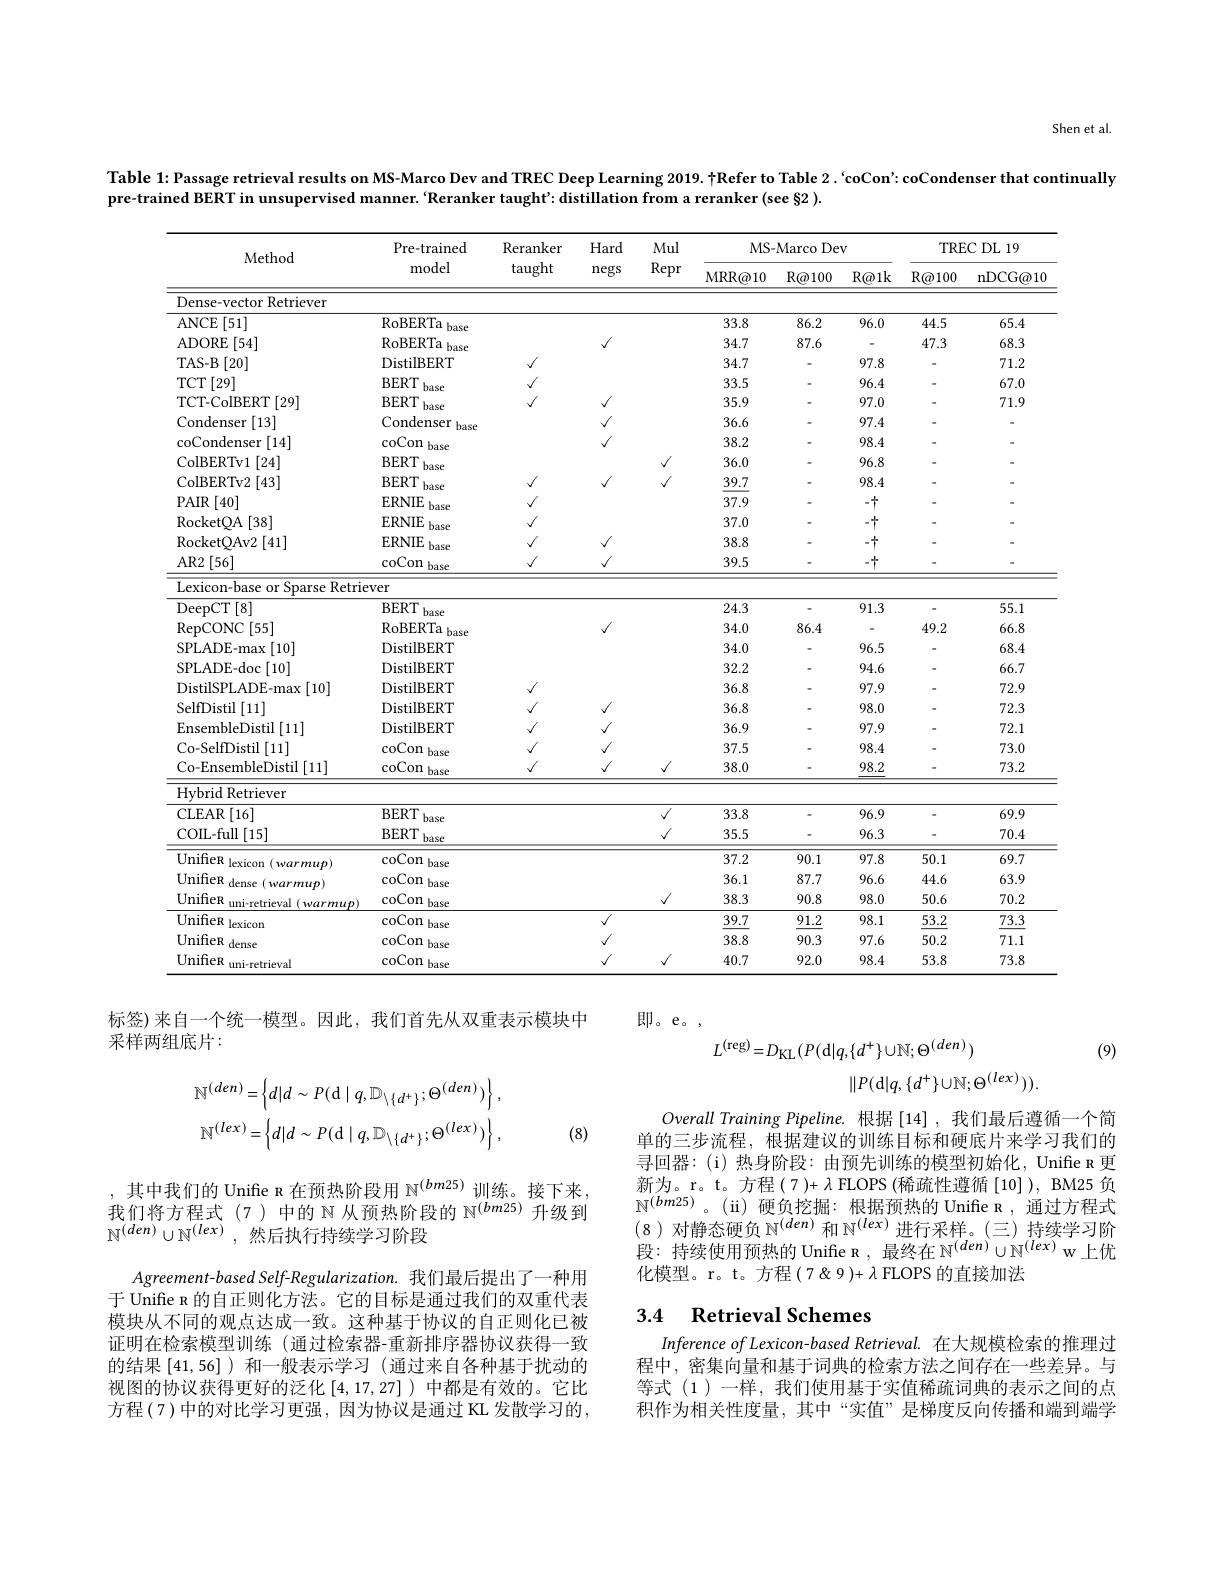
Shen et al.

Table 1:Passage retrieval results on MS-Marco Dev and TREC Deep Learning 2019. TRefer to Table 2. ‘coCon': coCondenser that continually

pre-trained BERT in unsupervised manner.‘Reranker taught' distillation from a reranker(see S2).

<table>
	<tbody>
		<tr>
			<th rowspan="2">Method</th>
			<th rowspan="2">Pre-trained model</th>
			<th rowspan="2">Reranker taught</th>
			<th rowspan="2">Hard negs</th>
			<th rowspan="2">Mul Repr</th>
			<th colspan="3">MS- MarcoDev</th>
			<th colspan="2">TRECDL19</th>
		</tr>
		<tr>
			<th>MRR@ 10</th>
			<th>$R@100$</th>
			<th>$R@1k$</th>
			<th>$R@100$</th>
			<th>nDCG@ 10</th>
		</tr>
		<tr>
			<td>Dense-vector Retriever</td>
			<td> </td>
			<td> </td>
			<td> </td>
			<td> </td>
			<td> </td>
			<td> </td>
			<td> </td>
			<td> </td>
			<td> </td>
		</tr>
		<tr>
			<td>ANCE :[51]</td>
			<td>RoBERTa base</td>
			<td> </td>
			<td> </td>
			<td> </td>
			<td>33.8</td>
			<td>86.2</td>
			<td>96.0</td>
			<td>44.5</td>
			<td>65.4</td>
		</tr>
		<tr>
			<td>ADORE [54]</td>
			<td>RoBERTa $bas\epsilon$</td>
			<td> </td>
			<td>$√$</td>
			<td> </td>
			<td>34.7</td>
			<td>87.6</td>
			<td> </td>
			<td>47.3</td>
			<td>68.3</td>
		</tr>
		<tr>
			<td>TAS- B 11 [20]</td>
			<td>DistilBERT</td>
			<td>$\sqrt{1}$</td>
			<td> </td>
			<td> </td>
			<td>34.7</td>
			<td> </td>
			<td>97.8</td>
			<td> </td>
			<td>71.2</td>
		</tr>
		<tr>
			<td>$\operatorname{TCT}\left[29\right]$</td>
			<td>BERT</td>
			<td>$V$</td>
			<td> </td>
			<td> </td>
			<td>33.5</td>
			<td> </td>
			<td>96.4</td>
			<td> </td>
			<td>67.0</td>
		</tr>
		<tr>
			<td>TCT-ColBERT[29]</td>
			<td>BERT base</td>
			<td>$\sqrt{1}$</td>
			<td>$√$</td>
			<td> </td>
			<td>35.9</td>
			<td> </td>
			<td>97.0</td>
			<td> </td>
			<td>71.9</td>
		</tr>
		<tr>
			<td>Condenser [13]</td>
			<td>Condenser $bas\epsilon$</td>
			<td> </td>
			<td>$√$</td>
			<td> </td>
			<td>36.6</td>
			<td> </td>
			<td>97.4</td>
			<td> </td>
			<td> </td>
		</tr>
		<tr>
			<td>coCondenser :[14]</td>
			<td>coCon base</td>
			<td> </td>
			<td>$√$</td>
			<td> </td>
			<td>38.2</td>
			<td> </td>
			<td>98.4</td>
			<td> </td>
			<td> </td>
		</tr>
		<tr>
			<td>ColBERTv1 [24]</td>
			<td>BERT base</td>
			<td> </td>
			<td> </td>
			<td>$\sqrt{1}$</td>
			<td>36.0</td>
			<td> </td>
			<td>96.8</td>
			<td> </td>
			<td> </td>
		</tr>
		<tr>
			<td>ColBERTv2 [43]</td>
			<td>BERT base</td>
			<td>$\sqrt{1}$</td>
			<td>$√$</td>
			<td>$\sqrt{1}$</td>
			<td>39.7</td>
			<td> </td>
			<td>98.4</td>
			<td> </td>
			<td> </td>
		</tr>
		<tr>
			<td>$PAIR$ $\wr[40]$</td>
			<td>ERNIE basc</td>
			<td>$\sqrt{1}$</td>
			<td> </td>
			<td> </td>
			<td>37.9</td>
			<td> </td>
			<td>$-\frac{1}{1}$</td>
			<td> </td>
			<td> </td>
		</tr>
		<tr>
			<td>RocketQA$\left [ 38\right ]$</td>
			<td>ERNIE basc</td>
			<td>$\sqrt{1}$</td>
			<td> </td>
			<td> </td>
			<td>37.0</td>
			<td> </td>
			<td>-十</td>
			<td> </td>
			<td> </td>
		</tr>
		<tr>
			<td>RocketOAv2 :[41]</td>
			<td>ERNIE has</td>
			<td>$V$</td>
			<td>$\sqrt{1}$</td>
			<td> </td>
			<td>38.8</td>
			<td> </td>
			<td>$-\frac{1}{1}$</td>
			<td> </td>
			<td> </td>
		</tr>
		<tr>
			<td>AR2$\left [ 56\right ]$</td>
			<td>coCon base</td>
			<td>$√$</td>
			<td>$√$</td>
			<td> </td>
			<td>39.5</td>
			<td> </td>
			<td>-+</td>
			<td> </td>
			<td> </td>
		</tr>
		<tr>
			<td>Th $a_{\mathrm{r}}$</td>
			<td>Dun VPr</td>
			<td> </td>
			<td> </td>
			<td> </td>
			<td> </td>
			<td> </td>
			<td> </td>
			<td> </td>
			<td> </td>
		</tr>
		<tr>
			<td>Lexicon-base or Sparse Retrie</td>
			<td>ver</td>
			<td> </td>
			<td> </td>
			<td> </td>
			<td> </td>
			<td> </td>
			<td> </td>
			<td> </td>
			<td> </td>
		</tr>
		<tr>
			<td>DeepCT$\left [ 8\right ]$</td>
			<td>$BERT$ base</td>
			<td> </td>
			<td> </td>
			<td> </td>
			<td>24.3</td>
			<td> </td>
			<td>91.3</td>
			<td> </td>
			<td>55.1</td>
		</tr>
		<tr>
			<td>RepCONC :[55]</td>
			<td>RoBERTa base</td>
			<td> </td>
			<td>$√$</td>
			<td> </td>
			<td>34.0</td>
			<td>86.4</td>
			<td> </td>
			<td>49.2</td>
			<td>66.8</td>
		</tr>
		<tr>
			<td>SPLADE-max [10]</td>
			<td>DistilBERT</td>
			<td> </td>
			<td> </td>
			<td> </td>
			<td>34.0</td>
			<td> </td>
			<td>96.5</td>
			<td> </td>
			<td>68.4</td>
		</tr>
		<tr>
			<td>$\operatorname{SPLADE-doc}\left[10\right]$</td>
			<td>DistilBERT</td>
			<td> </td>
			<td> </td>
			<td> </td>
			<td>32.2</td>
			<td> </td>
			<td>94.6</td>
			<td> </td>
			<td>66.7</td>
		</tr>
		<tr>
			<td>DistilSPLADE- max :[10]</td>
			<td>DistilBERT</td>
			<td>$\sqrt{1}$</td>
			<td> </td>
			<td> </td>
			<td>36.8</td>
			<td> </td>
			<td>97.9</td>
			<td> </td>
			<td>72.9</td>
		</tr>
		<tr>
			<td>SelfDistil [11]</td>
			<td>DistilBERT</td>
			<td>$\sqrt{1}$</td>
			<td>$\sqrt{1}$</td>
			<td> </td>
			<td>36.8</td>
			<td> </td>
			<td>98.0</td>
			<td> </td>
			<td>72.3</td>
		</tr>
		<tr>
			<td>EnsembleDistil 1[[11]</td>
			<td>DistilBERT</td>
			<td>$√$</td>
			<td>$√$</td>
			<td> </td>
			<td>36.9</td>
			<td> </td>
			<td>97.9</td>
			<td> </td>
			<td>72.1</td>
		</tr>
		<tr>
			<td>Co-SelfDistil[11]</td>
			<td>coCon $\cdot base$</td>
			<td>$√$</td>
			<td>$√$</td>
			<td> </td>
			<td>37.5</td>
			<td> </td>
			<td>98.4</td>
			<td> </td>
			<td>73.0</td>
		</tr>
		<tr>
			<td>Co-EnsembleDistil [11]</td>
			<td>coCon base</td>
			<td>$\sqrt{1}$</td>
			<td>$√$</td>
			<td>$\sqrt{1}$</td>
			<td>38.0</td>
			<td> </td>
			<td>98.2</td>
			<td> </td>
			<td>73.2</td>
		</tr>
		<tr>
			<td>Hybrid Retriever</td>
			<td> </td>
			<td> </td>
			<td> </td>
			<td> </td>
			<td> </td>
			<td> </td>
			<td> </td>
			<td> </td>
			<td> </td>
		</tr>
		<tr>
			<td>$\{[16]$ CLEAR</td>
			<td>$BERT$ base</td>
			<td> </td>
			<td> </td>
			<td>$\sqrt{1}$</td>
			<td>33.8</td>
			<td> </td>
			<td>96.9</td>
			<td> </td>
			<td>69.9</td>
		</tr>
		<tr>
			<td>$\operatorname{COIL-full}\left[15\right]$</td>
			<td>$BERT$ base</td>
			<td> </td>
			<td> </td>
			<td>$√$</td>
			<td>35.5</td>
			<td> </td>
			<td>96.3</td>
			<td> </td>
			<td>70.4</td>
		</tr>
		<tr>
			<td>${\mathrm{UnifieR~lexicon~(warmup)}}$</td>
			<td>$\operatorname{coCon}$ base 1</td>
			<td> </td>
			<td> </td>
			<td> </td>
			<td>37.2</td>
			<td>90.1</td>
			<td>97.8</td>
			<td>50.1</td>
			<td>69.7</td>
		</tr>
		<tr>
			<td>UnifieR $l$ dense $(warmup)$</td>
			<td>coCon $\cdot base$</td>
			<td> </td>
			<td> </td>
			<td> </td>
			<td>36.1</td>
			<td>87.7</td>
			<td>96.6</td>
			<td>44.6</td>
			<td>63.9</td>
		</tr>
		<tr>
			<td>UnifieR uni-retrieval (warmup)</td>
			<td>coCon base</td>
			<td> </td>
			<td> </td>
			<td>$√$</td>
			<td>38.3</td>
			<td>90.8</td>
			<td>98.0</td>
			<td>50.6</td>
			<td>70.2</td>
		</tr>
		<tr>
			<td>UnifieR lexicon</td>
			<td>coCon $\cdot base$</td>
			<td> </td>
			<td>$\sqrt{1}$</td>
			<td> </td>
			<td>39.7</td>
			<td>91.2</td>
			<td>98.1</td>
			<td>53.2</td>
			<td>73.3</td>
		</tr>
		<tr>
			<td>UnifieR i dense</td>
			<td>coCon $\cdot base$</td>
			<td> </td>
			<td>$√$</td>
			<td> </td>
			<td>38.8</td>
			<td>90.3</td>
			<td>97.6</td>
			<td>50.2</td>
			<td>71.1</td>
		</tr>
		<tr>
			<td>UnifieR uni-retrieval</td>
			<td>coCon base</td>
			<td> </td>
			<td>$√$</td>
			<td>$√$</td>
			<td>40.7</td>
			<td>92.0</td>
			<td>98.4</td>
			<td>53.8</td>
			<td>73.8</td>
		</tr>
	</tbody>
</table>

即。e。

标签) 来自一个统一模型。因此，我们首先从双重表示模块中
采样两组底片：
$$\begin{aligned}L^{(\mathrm{reg})}=&D_{\mathrm{KL}}(P(\mathrm{d}|q,\{d^{+}\}\cup\mathbb{N};\Theta^{(den)})\\&\|P(\mathrm{d}|q,\{d^{+}\}\cup\mathbb{N};\Theta^{(lex)})).\end{aligned}$$
(9)
$$\mathbb{N}^{(den)}=\left\{d|d\sim P(\mathrm{d}\mid q,\mathbb{D}_{\setminus\{d^{+}\}};\Theta^{(den)})\right\},\\\mathbb{N}^{(lex)}=\left\{d|d\sim P(\mathrm{d}\mid q,\mathbb{D}_{\setminus\{d^{+}\}};\Theta^{(lex)})\right\},$$
(8)

Overall Training Pipeline. 根据 [14] ,我们最后遵循一个简单的三步流程，根据建议的训练目标和硬底片来学习我们的寻回器：(i) 热身阶段：由预先训练的模型初始化，Uniffe n 更新为。r。t。方程(7)+$\lambda$ FLOPS ( 稀 疏 性 遵 循 [ 10] ) , BM25 负 $\mathbb{N}^{(bm25)}。($i) 硬负挖掘：根据预热的 Unifie R ,通过方程式(8)对静态硬负$\mathbb{N}^(den)$和$\mathbb{N}^(lex)$进行采样。(三)持续学习阶段：持续使用预热的 Unifre n , 最终在$\mathbb{N}^(den)\cup\mathbb{N}^{(lex)}$ w上优化模型。r。t。方程(7&9)+$\lambda$FLOPS 的 直 接 加 法

其中我们的 Unife R 在预热阶段用$\mathbb{N}^{(bm25)}$训练。接下来， 我们将方程式(7)中的$\mathbb{N}$从预热阶段的 $\mathbb{N}^(bm25)$ 升级到$\mathbb{N}^{(den)}\cup\mathbb{N}^{(lex)}$,然后执行持续学习阶段

## 3.4 Retrieval Schemes

Agreement-based Self-Regularization. 我们最后提出了一种用于 Unifie R 的自正则化方法。它的目标是通过我们的双重代表模块从不同的观点达成一致。这种基于协议的自正则化已被证明在检索模型训练 (通过检索器-重新排序器协议获得一致的结果[41,56] )和一般表示学习 (通过来自各种基于扰动的视图的协议获得更好的泛化[4,17,27] )中都是有效的。它比方程(7)中的对比学习更强，因为协议是通过 KL 发散学习的，

Inference of Lexicon-based Retrieval. 在大规模检索的推理过程中，密集向量和基于词典的检索方法之间存在一些差异。与等式 (1)一样，我们使用基于实值稀疏词典的表示之间的点积作为相关性度量，其中“实值”是梯度反向传播和端到端学